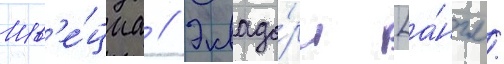
Шв'е́циа // Эквадо́р [а́нгл.